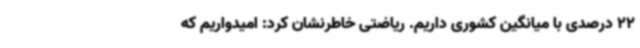
22 درصدی با میانگین کشوری داریم. ریاضتی خاطرنشان کرد: امیدواریم که